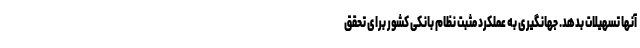
آنها تسهیلات بدهد. جهانگیری به عملکرد مثبت نظام بانکی کشور برای تحقق